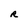
Character: R